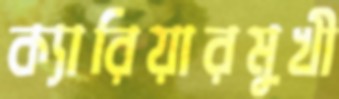
ক্যারিয়ারমুখী